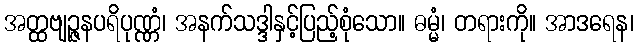
အတ္ထဗျဉ္ဇနပရိပုဏ္ဏံ၊ အနက်သဒ္ဒါနှင့်ပြည့်စုံသော။ ဓမ္မံ၊ တရားကို။ အာဒရေန၊